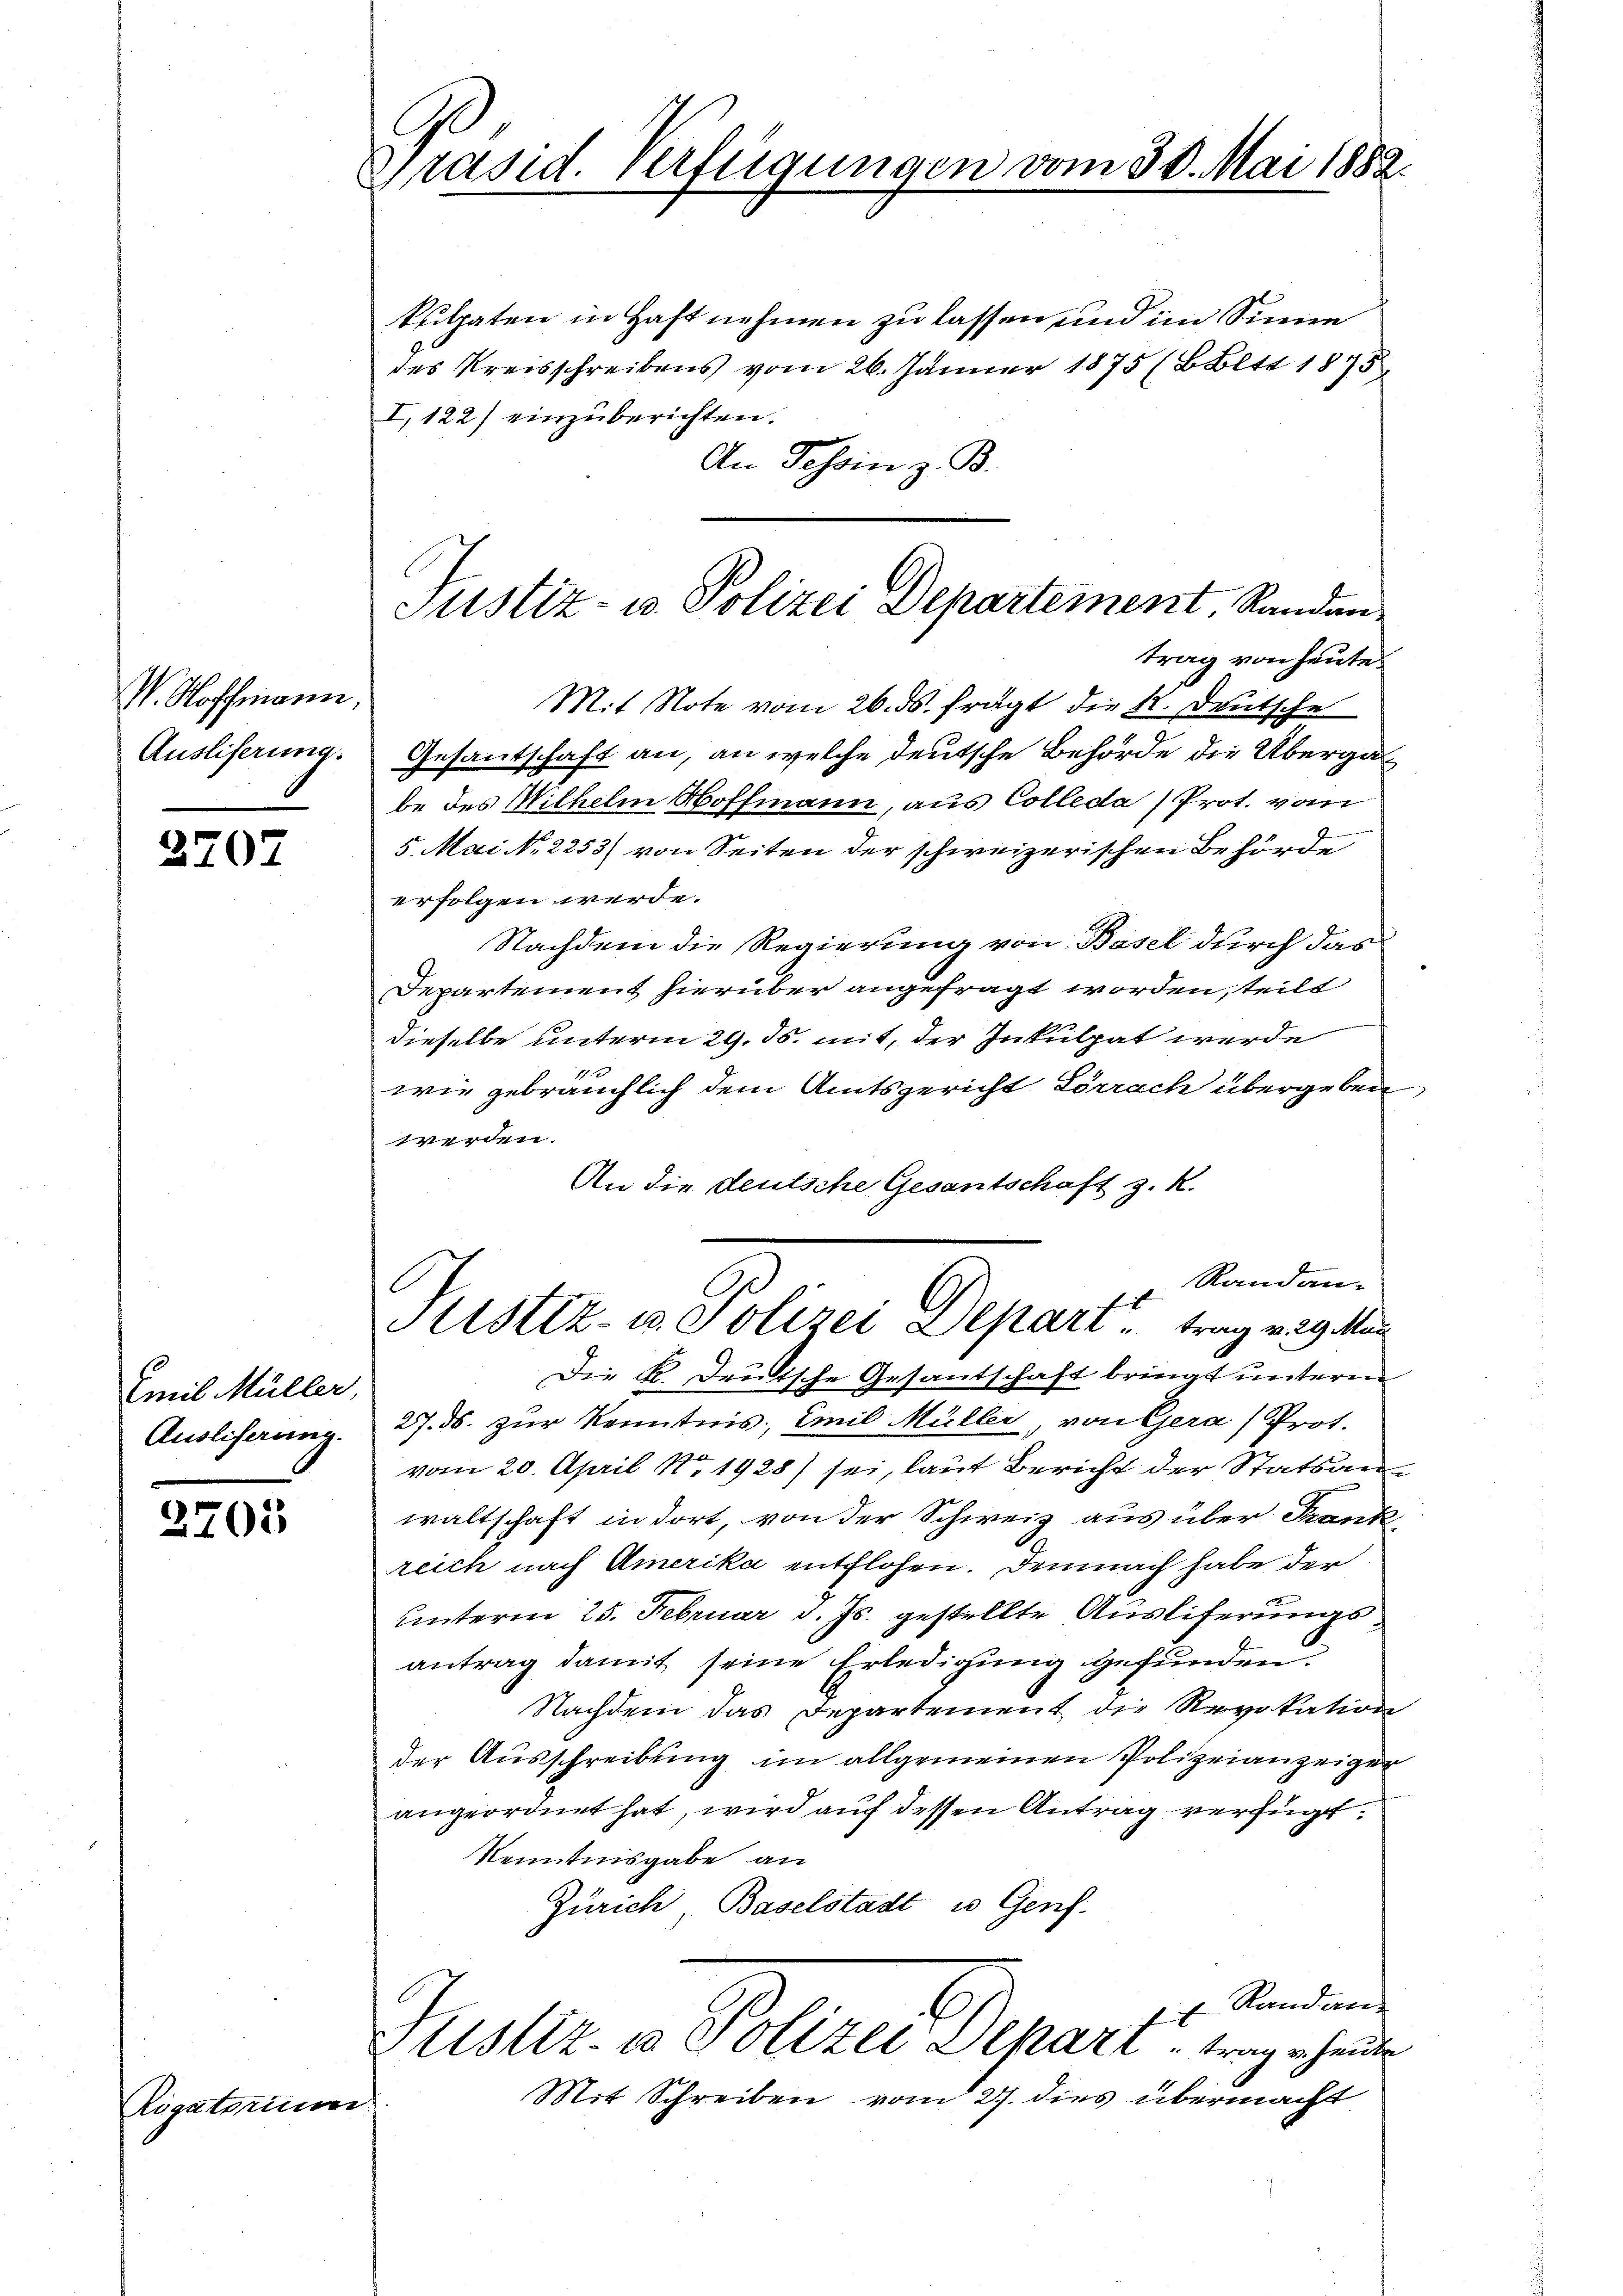
V. Hoffmann
Auslieferung.

270.

Emil Müller,
Ausliserung.

2705

Rigatorum

Präsid. Verfügungen vom 30. Mai 1882.

kulpaten in Haft nehmen zu lassen und im Sinne
des Kreisschreibens vom 26. Jänner 1875 (BBltt 1875
I, 122) einzuberichten.
An Tessin z. B.
Mit Note vom 26. ds. frägt die K. Deutsche
Gesantschaft an, an welche deutsche Behörde die Übergabe des Wilhelm Hoffmann, aus Colleda) Prot. vom
5. Mai No 2253) von Seiten der schweizerischen Behörde
erfolgen werde.
Nachdem die Regierung von Basel durch das
Departement hierüber angefragt worden, teilt
dieselbe unterm 29. ds. mit, der Inkulpat werde
1
wie gebräuchlich dem Amtsgericht Lörrach übergeben
werden.
An die deutsche Gesantschaft z. K.
Randan-
f
Astiz- u. Polizei Depari trag v. 29. Mar
Die K. Deutsche Gesantschaft bringt unteren
27. ds. zur Kenntnis: Emil Müller, von Gera Prot.
vom 20. April No 1928) sei, laut Bericht der Statsanwaltschaft in dort, von der Schweiz aus über Frank,
reich nach Amerika entflohen. Demnach habe der
unterm 25. Februar d. Js. gestellte Ausliferungsantrag damit seine Erledigung gefunden.
Nachdem das Departement die Revokation
der Ausschreibung im allgemeinen Polizeianzeiger
angeordnet hat, wird auf dessen Antrag verfügt:
Kenntnisgabe an
Zürich, Baselstadt in Genf.
Randen
f
Justiz- & Polizei Depart trag heute
Mit Schreiben vom 27. dies übermacht

Justiz- u. Polizei Departement, Randentrag von heute.